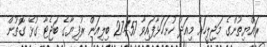
ރައްޔިތުންގެ މަޖިލީހަށް މިއަދު ހުށަހަޅާފައިވާ 27.457 ބިލިއަން ރުފިޔާގެ ބަޖެޓާ ގުޅޭ ގޮތުން